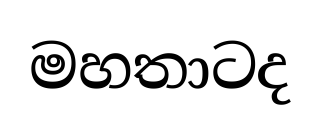
මහතාටද